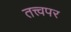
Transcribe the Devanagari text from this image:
तत्त्वपर